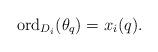
LaTeX: \begin{align*}{\rm ord}_{D_i}(\theta_q) = x_i(q).\end{align*}